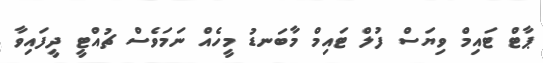
ޕާޓް ޓައިމް ވިޔަސް ފުލް ޓައިމް މާބަނޑު މީހެއް ނަމަވެސް ޗުއްޓީ ދީފައިވާ